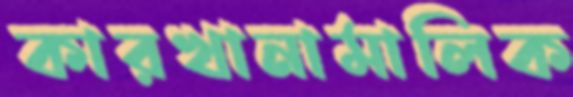
কারখানামালিক